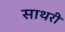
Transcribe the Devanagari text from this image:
साथरी